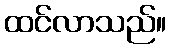
ထင်လာသည်။